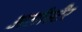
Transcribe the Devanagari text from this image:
अलीस्टैर